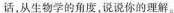
话，从生物学的角度，说说你的理解。